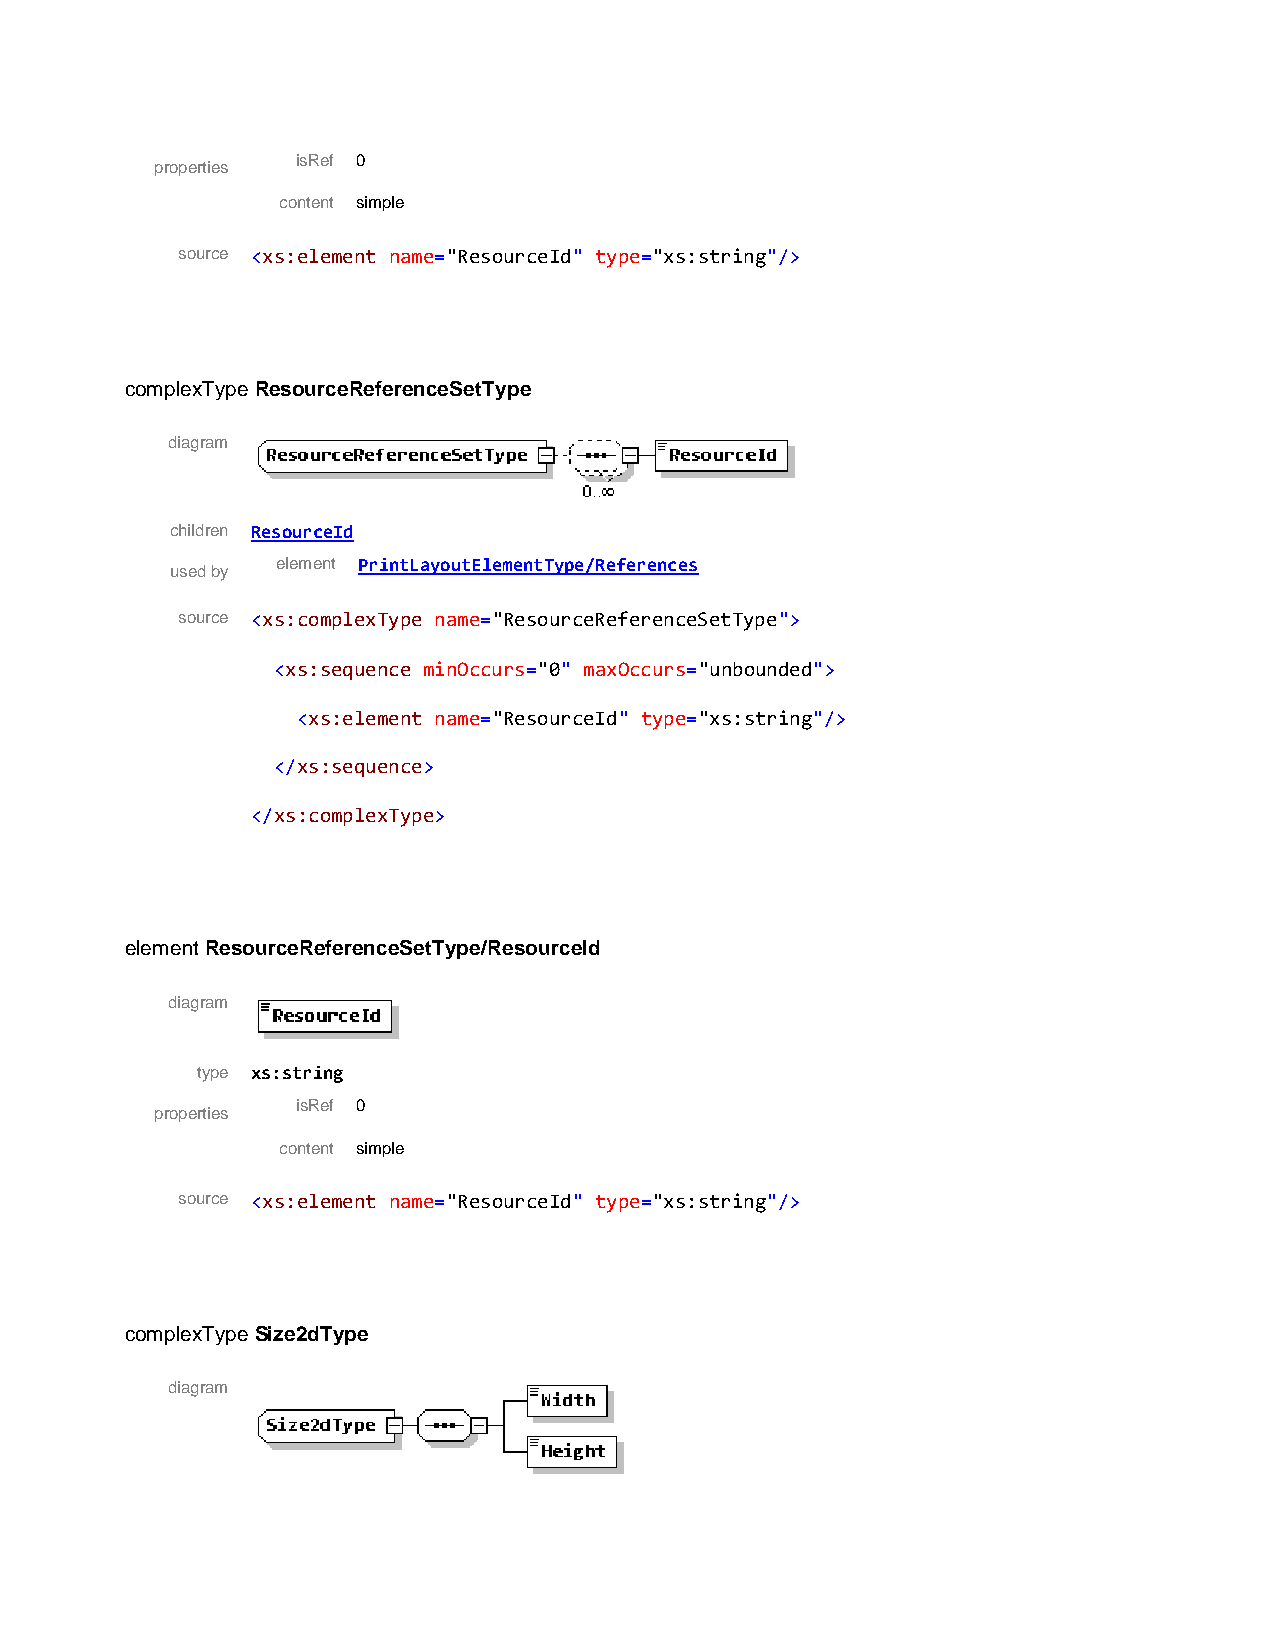
isRef 0
 properties
 content simple
 source <xs:element name="ResourceId" type="xs:string"/>
 complexType ResourceReferenceSetType
 diagram
 children ResourceId
 element PrintLayoutElementType/References
 used by
 source <xs:complexType name="ResourceReferenceSetType">
 <xs:sequence minOccurs="0" maxOccurs="unbounded">
 <xs:element name="ResourceId" type="xs:string"/>
 </xs:sequence>
 </xs:complexType>
 element ResourceReferenceSetType/ResourceId
 diagram
 type xs:string
 isRef 0
 properties
 content simple
 source <xs:element name="ResourceId" type="xs:string"/>
 complexType Size2dType
 diagram